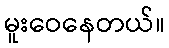
မူးဝေနေတယ်။